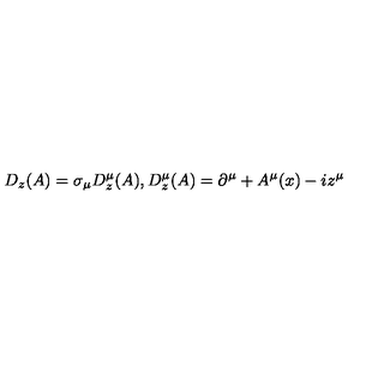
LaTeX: D _ { z } ( A ) = \sigma _ { \mu } D _ { z } ^ { \mu } ( A ) , D _ { z } ^ { \mu } ( A ) = \partial ^ { \mu } + A ^ { \mu } ( x ) - i z ^ { \mu }